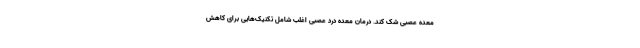
معده عصبی شک کند. درمان معده درد عصبی اغلب شامل تکنیک‌هایی برای کاهش